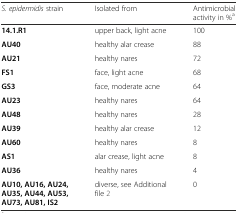
| S. epidermidis strain | Isolated from | Antimicrobial activity in %a |
 | --- | --- | --- |
 | 14.1.R1 | upper back, light acne | 100 |
 | AU40 | healthy alar crease | 88 |
 | AU21 | healthy nares | 72 |
 | FS1 | face, light acne | 68 |
 | GS3 | face, moderate acne | 64 |
 | AU23 | healthy nares | 64 |
 | AU48 | healthy nares | 28 |
 | AU39 | healthy alar crease | 12 |
 | AU60 | healthy nares | 8 |
 | AS1 | alar crease, light acne | 8 |
 | AU36 | healthy nares | 4 |
 | AU10, AU16, AU24, AU35, AU44, AU53, AU73, AU81, IS2 | diverse, see Additional file 2 | 0 |